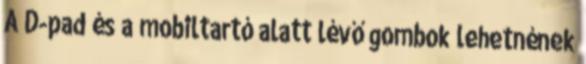
A D-pad és a mobiltartó alatt lévő gombok lehetnének